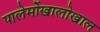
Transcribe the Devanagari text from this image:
पालेर्मोखालोखाल